Lunatic asylums Punjab 1911-1921 - 1911-1921
Year: 1911
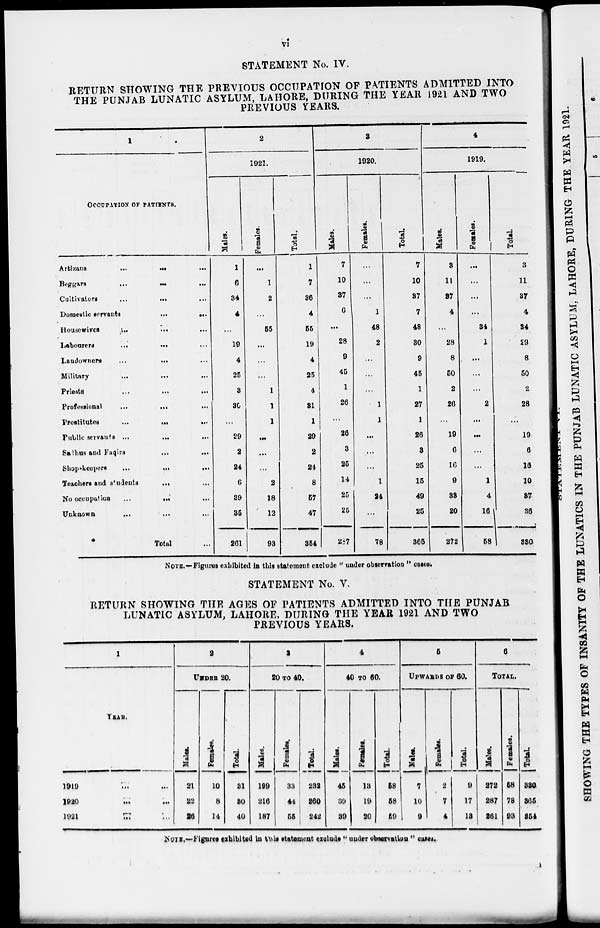
vi
STATEMENT No. IV.
RETURN SHOWING THE PREVIOUS OCCUPATION OF PATIENTS ADMITTED INTO
THE PUNJAB LUNATIC ASYLUM, LAHORE, DURING THE YEAR 1921 AND TWO
PREVIOUS YEARS.
1
OCCUPATION OF PATIENTS.
Artizans
...
...
...
Beggars
...
...
...
Cultivators
...
...
...
Domestic servants
...
...
Housewives
...
...
...
Labourers
...
...
...
Landowners
...
...
...
Military
...
...
...
Priests
...
...
...
Professional
...
...
...
Prostitutes ... ... ...
Public servants ... ... ...
Sadhus
and
Faqirs
...
...
Shop-keepers
...
...
...
Teachers and students ... ...
No occupation
...
...
...
Unknown ... ... ...
Total ...
2
1921.
Males.
1
6
34
4
...
19
4
25
3
30
...
29
2
24
6
39
35
261
Females.
...
1
2
...
55
...
...
...
1
1
1
...
...
...
2
18
12
93
Total.
1
7
36
4
55
19
4
25
4
31
1
29
2
24
8
57
47
354
3
1920.
Males.
7
10
37
6
...
28
9
45
1
26
...
26
3
25
14
25
25
287
Females.
...
...
...
1
48
2
...
...
...
1
1
...
...
...
1
24
...
78
Total.
7
10
37
7
48
30
9
45
1
27
1
26
3
25
15
49
25
365
4
1919.
Males.
3
11
37
4
...
28
8
50
2
26
...
19
6
16
9
33
20
272
Females.
...
...
...
...
34
1
...
...
...
2
...
...
...
...
1
4
16
58
Total.
3
11
37
4
34
29
8
50
2
28
...
19
6
16
10
37
36
330
NOTE.—Figures exhibited in this statement exclude " under observation " cases.
STATEMENT No. V.
RETURN SHOWING THE AGES OF PATIENTS ADMITTED INTO THE PUNJAB
LUNATIC ASYLUM, LAHORE, DURING THE YEAR 1921 AND TWO
PREVIOUS YEARS.
1
YEAR.
1919 ... ...
1920 ... ...
1921 ... ...
2
UNDER 20.
Males.
21
22
26
Females.
10
8
14
Total.
31
30
40
3
20 TO 40.
Males.
199
216
187
Females.
33
44
55
Total.
232
260
242
4
40 TO 60.
Males.
45
39
39
Females.
13
19
20
Total.
58
58
59
5
UPWARDS OF 60.
Males.
7
10
9
Females.
2
7
4
Total.
9
17
13
6
TOTAL.
Males.
272
287
261
Females.
58
78
93
Total.
330
365
354
NOTE.—Figures exhibited in this statement exclude " under observation " cases.